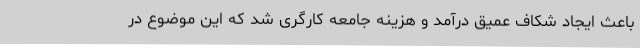
باعث ایجاد شکاف عمیق درآمد و هزینه جامعه کارگری شد که این موضوع در